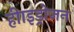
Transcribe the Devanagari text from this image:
हीाइड्रोजन